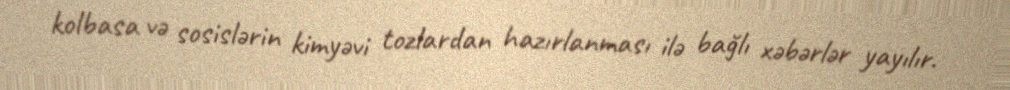
kolbasa və sosislərin kimyəvi tozlardan hazırlanması ilə bağlı xəbərlər yayılır.